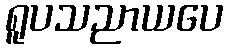
ရူပသညာယပေ